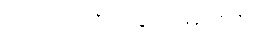
လုပ်ဆောင်ချက်များက